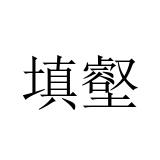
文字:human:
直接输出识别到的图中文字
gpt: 填壑